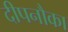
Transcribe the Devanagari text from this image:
दीपनौका